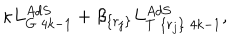
\kappa L _ { G \; 4 k - 1 } ^ { A d S } + \beta _ { \{ r _ { j } \} } L _ { T \; \{ r _ { j } \} \; 4 k - 1 } ^ { A d S } ,